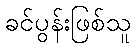
ခင်ပွန်းဖြစ်သူ